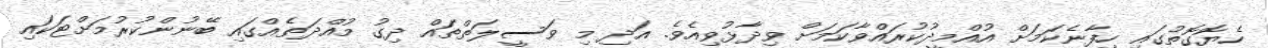
ހެޔޮގޮތުގައި ހިފާނެކަމަށް އުއްމީދުކުރައްވާކަމަށް ވިދާޅުވިއެވެ. އަދި މި ވަސީލަތްތައް ދިގު މުއްދަތެއްގައި ބޭނުންކުރުމަށްޓަކައި